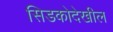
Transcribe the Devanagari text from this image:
सिडकोदेखील